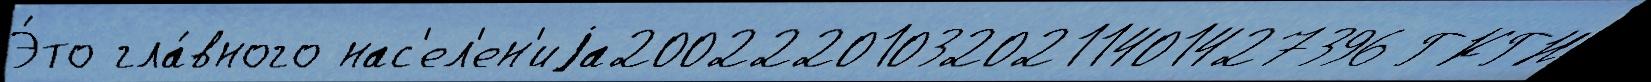
Э́то гла́вного нас'ел'ен'иjа200222010320211401427396 ГКГН